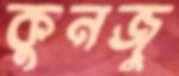
কুনজু